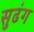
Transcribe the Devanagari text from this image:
सुढंग